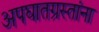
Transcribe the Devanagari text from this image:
अपघातग्रस्तांना